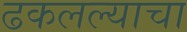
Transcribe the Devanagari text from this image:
ढकलल्याचा